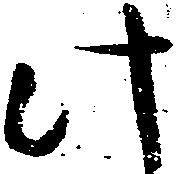
此